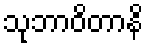
သုဘာဝိတာနိ